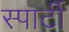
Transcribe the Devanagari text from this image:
स्पार्टी